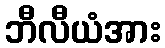
ဘီလီယံအား